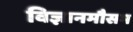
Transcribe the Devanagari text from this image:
विज्ञानमौसम